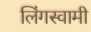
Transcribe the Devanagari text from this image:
लिंगस्वामी